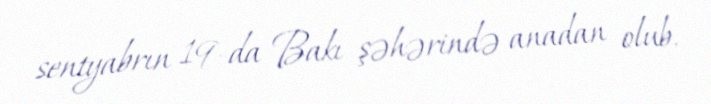
sentyabrın 19-da Bakı şəhərində anadan olub.